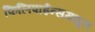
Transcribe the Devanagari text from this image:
फिलिपाईन्समधून